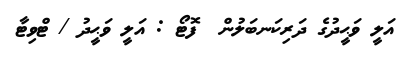
އަލީ ވަޙީދުގެ ދަރިކަނބަލުން  ފޮޓޯ : އަލީ ވަޙީދު / ޓްވިޓާ